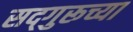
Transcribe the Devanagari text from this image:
सद्‌गुरूच्या